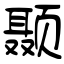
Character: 颞